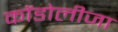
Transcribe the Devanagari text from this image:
कोंडोलीजा